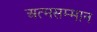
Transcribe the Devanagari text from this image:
अत्मसम्मान